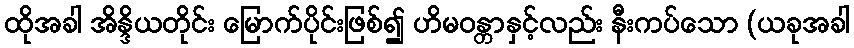
ထိုအခါ အိန္ဒိယတိုင်း မြောက်ပိုင်းဖြစ်၍ ဟိမဝန္တာနှင့်လည်း နီးကပ်သော (ယခုအခါ